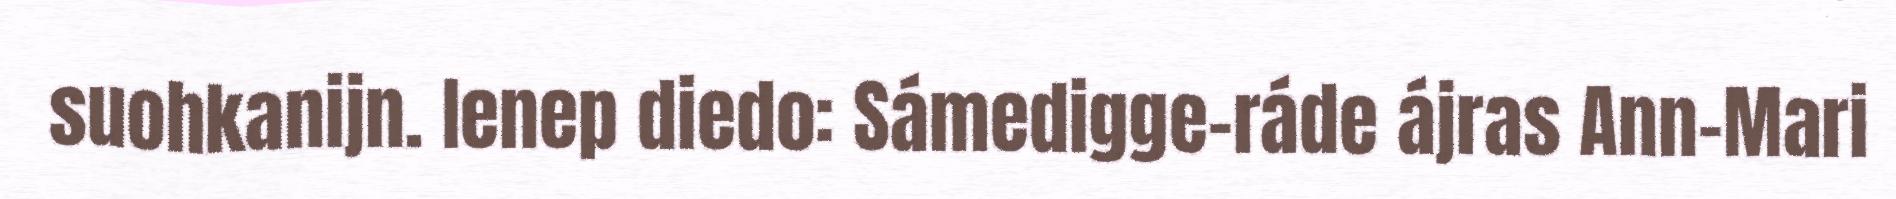
suohkanijn. Ienep diedo: Sámedigge-ráde ájras Ann-Mari